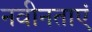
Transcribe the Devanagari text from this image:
नवीनताएं